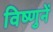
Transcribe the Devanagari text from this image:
विष्णुनें